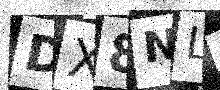
Text: DX8NLY